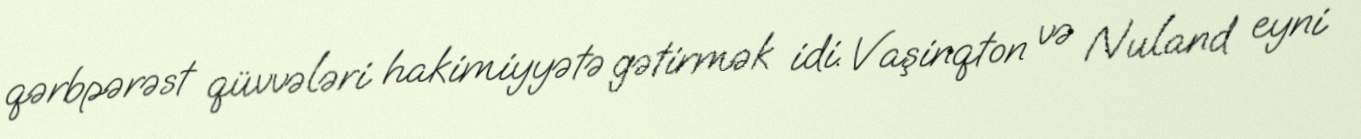
qərbpərəst qüvvələri hakimiyyətə gətirmək idi. Vaşinqton və Nuland eyni